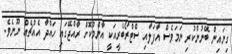
ގިނައިން ބޭނުންކުރި ނަމަވެސް އާފަލާއި ސްޓްރޯބެރީއަކީ އާންމުކޮށް ރާއްޖޭގައި ހައްދާ އެއްޗެއް ނޫނެވެ.